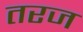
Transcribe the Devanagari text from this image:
तरज